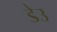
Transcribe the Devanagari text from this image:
डेउ